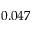
0 . 0 4 7